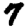
Digit: 7